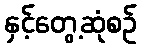
နှင့်တွေ့ဆုံစဉ်